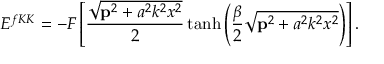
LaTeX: E ^ { f K K } = - { \cal { F } } \left[ \frac { \sqrt { { \bf p } ^ { 2 } + a ^ { 2 } k ^ { 2 } x ^ { 2 } } } { 2 } \operatorname { t a n h } \left( \frac { \beta } { 2 } \sqrt { { \bf p } ^ { 2 } + a ^ { 2 } k ^ { 2 } x ^ { 2 } } \right) \right] .